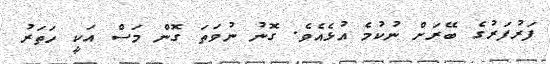
ފަރުފަރުގެ ބޭރަށް ނުކުމެ އުޅެއެވެ. ގޮނު ނުވަތަ ގޮން މަސް އަކީ ހަތަރު